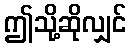
ဤသို့ဆိုလျှင်